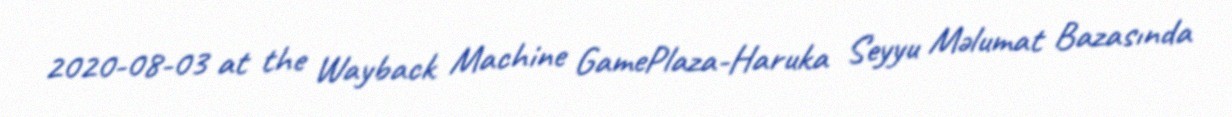
2020-08-03 at the Wayback Machine GamePlaza-Haruka Seyyu Məlumat Bazasında